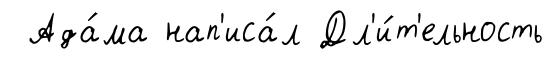
Ада́ма нап'иса́л Дл'и́т'ельность